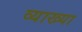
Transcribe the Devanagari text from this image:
व्याख्‍या